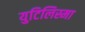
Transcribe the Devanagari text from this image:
युटिलिस्मा